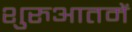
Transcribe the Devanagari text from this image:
शुरुआतमें